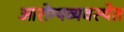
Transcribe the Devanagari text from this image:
आरोग्यव्यवस्थेत